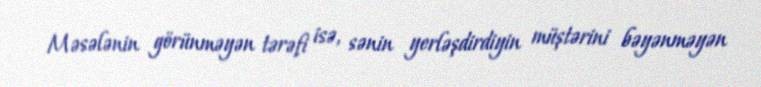
Məsələnin görünməyən tərəfi isə, sənin yerləşdirdiyin müştərini bəyənməyən